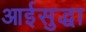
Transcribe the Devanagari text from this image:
आईसुद्धा